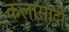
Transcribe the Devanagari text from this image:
कलासादी